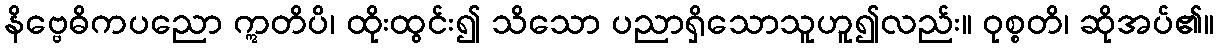
နိဗ္ဗေဓိကပညော ဣတိပိ၊ ထိုးထွင်း၍ သိသော ပညာရှိသောသူဟူ၍လည်း။ ဝုစ္စတိ၊ ဆိုအပ်၏။